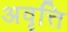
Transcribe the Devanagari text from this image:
अवृत्ति